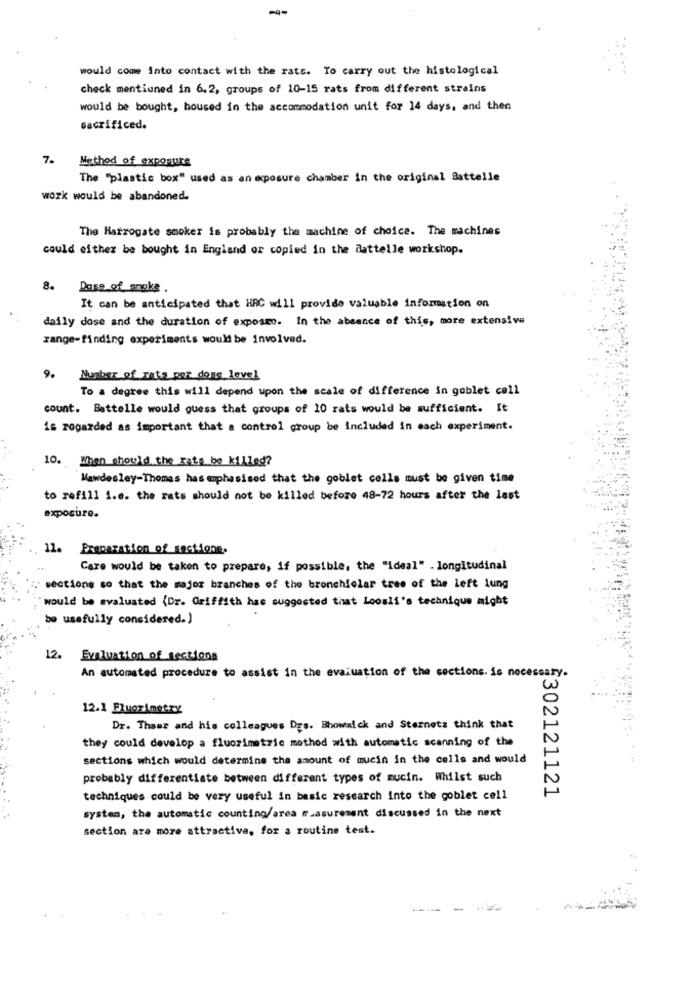
--
would come into contact with the rats. To carry out the histological
check mentioned in 6.2, groups of 10-15 rats from different strains
would be bought, housed in the accommodation unit for 14 days, and then
sacrificed.
7.
Method of exposure
The "plastic box" used as an exposure chamber in the original Sattelle
work would be abandoned.
The Harrogate smoker is probably the machine of choice. The machines
could either be bought in England or copied in the dattelle workshop.
. Dose of smoke.
It can be anticipated that HRC will provide valuable information on
daily dose and the duration of exposto. In the absence of this, more extensive
range-finding experiments would be involved.
9. Number of rata per done level
To a degree this will depend upon the scale of difference in goblet coll
count. Battelle would guess that groups of 10 rats would be sufficient. It
is regarded as important that a control group be Included in each experiment.
10. When should the rats be killed?
Mawdesley-Thomas has emphasised that the goblet cells must be given time
to refill i.e. the rats should not be killed before 48-72 hours after the last
exposure.
11. Eraparation of sectione.
Care would be taken to prepare, if possible, the "ideal" . longitudinal
sections so that the major branches of the bronchiolar tree of the left lung
would be evaluated (Dr. Griffith hac suggested that Looslf's technique might
be usefully considered.)
12.
Evaluation of sections
An automated procedure to assist in the evaluation of the sections. is necessary.
12.1 Fluorimetry
Dr. Thaer and his colleagues Drs. Bhowalck and Sternets think that
they could develop a fluorimetric mothod with automatic scanning of the
sections which would determine the amount of mucin in the cells and would
probably differentiate between different types of mucin. Whilst such
5302121121
techniques could be very useful in basic research into the goblet cell
system, the automatic counting/area measurement discussed in the next
section are more attractive, for a routine test.